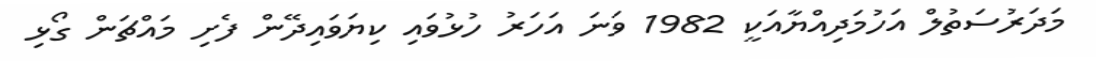
މަދަރުސަތުލް އަހުމަދިއްޔާއަކީ 1982 ވަނަ އަހަރު ހުޅުވައި ކިޔަވައިދޭން ފެށި މައްޗަން ގޯޅި